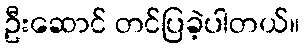
ဦးဆောင် တင်ပြခဲ့ပါတယ်။